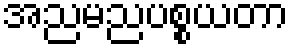
အညမညပစ္စယတာ